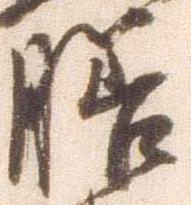
膳